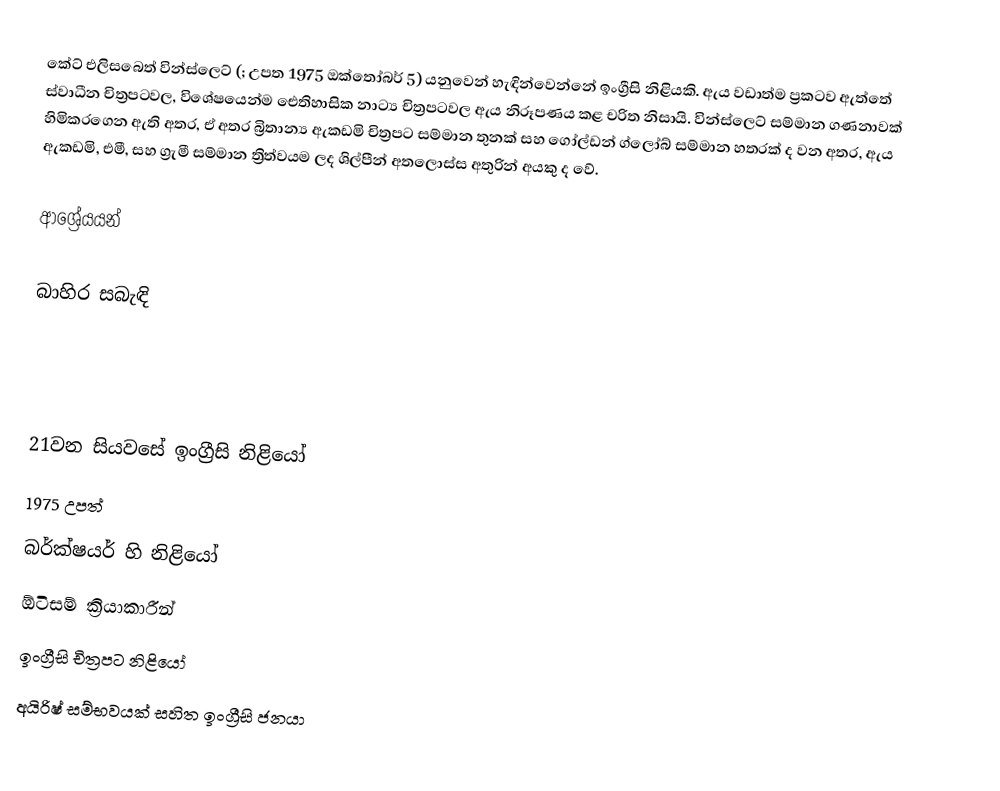
කේට් එලිසබෙත් වින්ස්ලෙට්  (; උපත 1975 ඔක්තෝබර් 5) යනුවෙන් හැඳින්වෙන්නේ ඉංග්‍රීසි නිළියකි. ඇය වඩාත්ම ප්‍රකටව ඇත්තේ ස්වාධීන චිත්‍රපටවල, විශේෂයෙන්ම ඓතිහාසික නාට්‍ය චිත්‍රපටවල ඇය නිරූපණය කළ චරිත නිසායි. වින්ස්ලෙට් සම්මාන ගණනාවක් හිමිකරගෙන ඇති අතර, ඒ අතර බ්‍රිතාන්‍ය ඇකඩමි චිත්‍රපට සම්මාන තුනක් සහ ගෝල්ඩන් ග්ලෝබ් සම්මාන හතරක් ද වන අතර, ඇය ඇකඩමි, එමී, සහ ග්‍රැමී සම්මාන ත්‍රිත්වයම ලද ශිල්පීන් අතලොස්ස අතුරින් අයකු ද වේ.

ආශ්‍රේයයන්

බාහිර සබැඳි

21වන සියවසේ ඉංග්‍රීසි නිළියෝ
1975 උපත්
බර්ක්ෂයර් හි නිළියෝ
ඕටිසම් ක්‍රියාකාරීන්
ඉංග්‍රීසි චිත්‍රපට නිළියෝ
අයිරිෂ් සම්භවයක් සහිත ඉංග්‍රීසි ජනයා